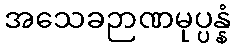
အသေခဉာဏမုပ္ပန္နံ